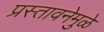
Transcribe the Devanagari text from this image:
प्रस्तावनेमुळे